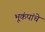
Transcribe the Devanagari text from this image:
भूकंपांचे